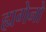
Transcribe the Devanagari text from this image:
ह्यगेनो